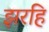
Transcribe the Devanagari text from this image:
झरहि